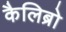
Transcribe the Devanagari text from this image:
कैलिब्रो